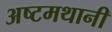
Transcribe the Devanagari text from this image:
अष्टमथानी